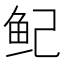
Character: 鱾